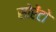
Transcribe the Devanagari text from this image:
सोरेंटो